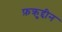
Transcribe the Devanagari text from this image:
फ़क्रुद्दीन